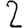
Digit: 2